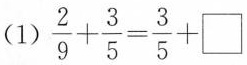
（1）$$\frac{2}{9} + \frac{3}{5} = \frac{3}{5} + {\Box } $$